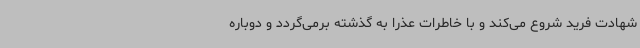
شهادت فرید شروع می‌کند و با خاطرات عذرا به گذشته برمی‌گردد و دوباره